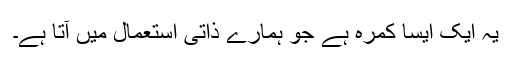
یہ ایک ایسا کمرہ ہے جو ہمارے ذاتی استعمال میں آتا ہے۔